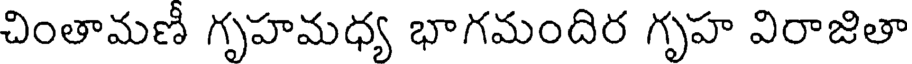
చింతామణీ గృహమధ్య భాగమందిర గృహ విరాజితా